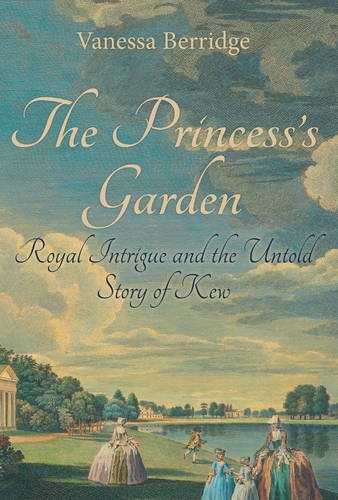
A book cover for The Princess's Garden: The Untold Story of Kew and the Birth of British Gardening; Vanessa Berridge; Crafts, Hobbies & Home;